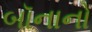
બૉનાનો